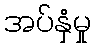
အပ်နှံမှု